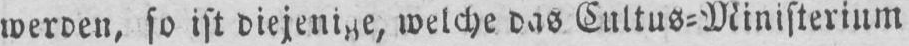
welche das Cultus⸗Ministerium